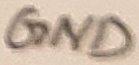
Text: GND